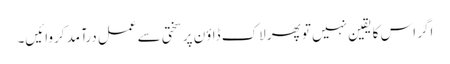
اگر اس کا یقین نہیں تو پھر لاک ڈاؤن پر سختی سے عمل درآمد کروائیں۔